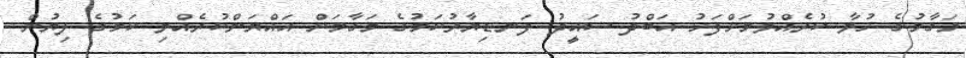
މަގާމުގެ ހުވާ ކުރެއްވުމަށްފަހު އަބްދު ސައީދު ފަނޑިޔާރުކަމުގެ މަގާމަށް އައްޔަންކުރެއްވި ކަމުގެ ލިޔުން